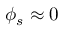
\phi _ { s } \approx 0